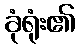
ခုံရုံး၏